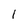
Character: l